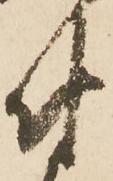
付